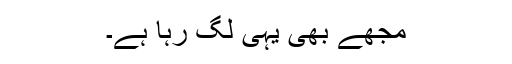
مجھے بھی یہی لگ رہا ہے۔